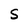
Character: S